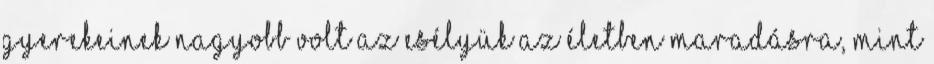
gyerekeinek nagyobb volt az esélyük az életben maradásra, mint